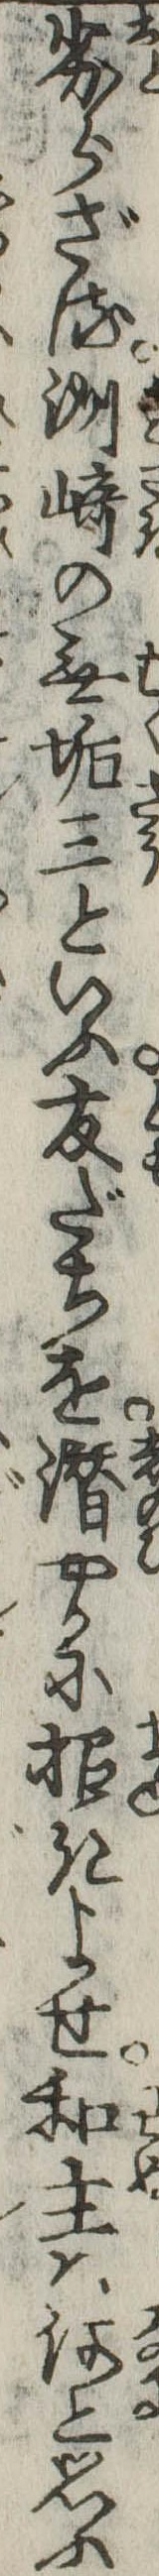
劣らざる洲崎の無垢三といふ友だちを潜やかに招きよせ和主は何と思ふ